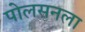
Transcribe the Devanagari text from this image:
पोलसनला